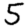
Digit: 5